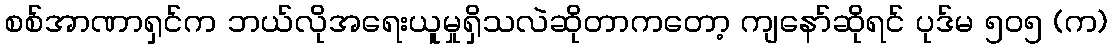
စစ်အာဏာရှင်က ဘယ်လိုအရေးယူမှုရှိသလဲဆိုတာကတော့ ကျနော်ဆိုရင် ပုဒ်မ ၅၀၅ (က)